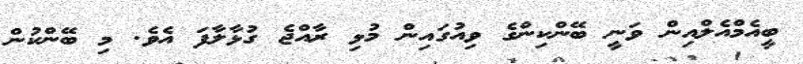
ބީއެމްއެލްއިން ވަނީ ބޭންކިންގެ ވިއުގައިން މުޅި ރާއްޖެ ގުޅާލާފަ އެވެ. މި ބޭންކުން